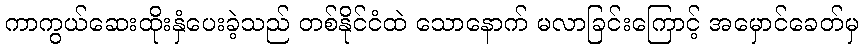
ကာကွယ်ဆေးထိုးနှံပေးခဲ့သည် တစ်နိုင်ငံထဲ သောနောက် မလာခြင်းကြောင့် အမှောင်ခေတ်မှ